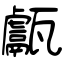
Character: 甗